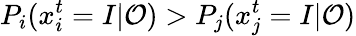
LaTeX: P_{i}(x_{i}^{t}=I|\mathcal{O})>P_{j}(x_{j}^{t}=I|\mathcal{O})